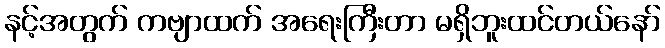
နင့်အတွက် ကဗျာထက် အရေးကြီးတာ မရှိဘူးထင်တယ်နော်